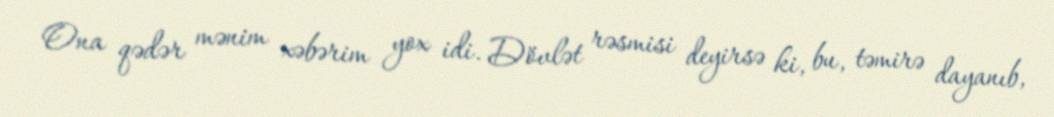
Ona qədər mənim xəbərim yox idi. Dövlət rəsmisi deyirsə ki, bu, təmirə dayanıb,